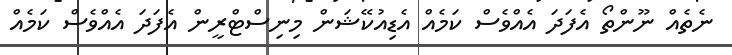
ނެތެއް ނޫންތޯ އެފަދަ އެއްވެސް ކަމެއް އެޑިއުކޭޝަން މިނިސްޓްރީން އެފަދަ އެއްވެސް ކަމެއް